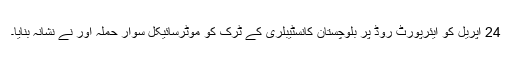
24 اپریل کو ایئرپورٹ روڈ پر بلوچستان کانسٹیبلری کے ٹرک کو موٹرسائیکل سوار حملہ آور نے نشانہ بنایا۔